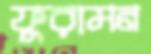
ফুরামন